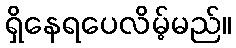
ရှိနေရပေလိမ့်မည်။